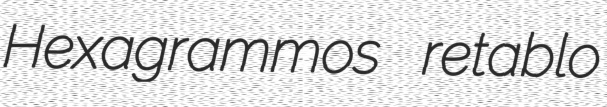
Hexagrammos retablo